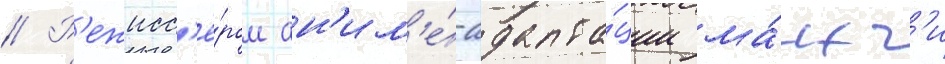
// Р'ежисс'ё́ром ан'им'е́-адапта́ции ма́нг'и